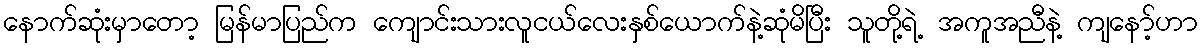
နောက်ဆုံးမှာတော့ မြန်မာပြည်က ကျောင်းသားလူငယ်လေးနှစ်ယောက်နဲ့ဆုံမိပြီး သူတို့ရဲ့ အကူအညီနဲ့ ကျနော့်ဟာ